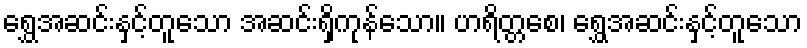
ရွှေအဆင်းနှင့်တူသော အဆင်းရှိကုန်သော။ ဟရိတ္တစေ၊ ရွှေအဆင်းနှင့်တူသော